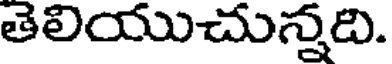
తెలియుచున్నది.